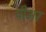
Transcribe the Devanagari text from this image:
पीअर